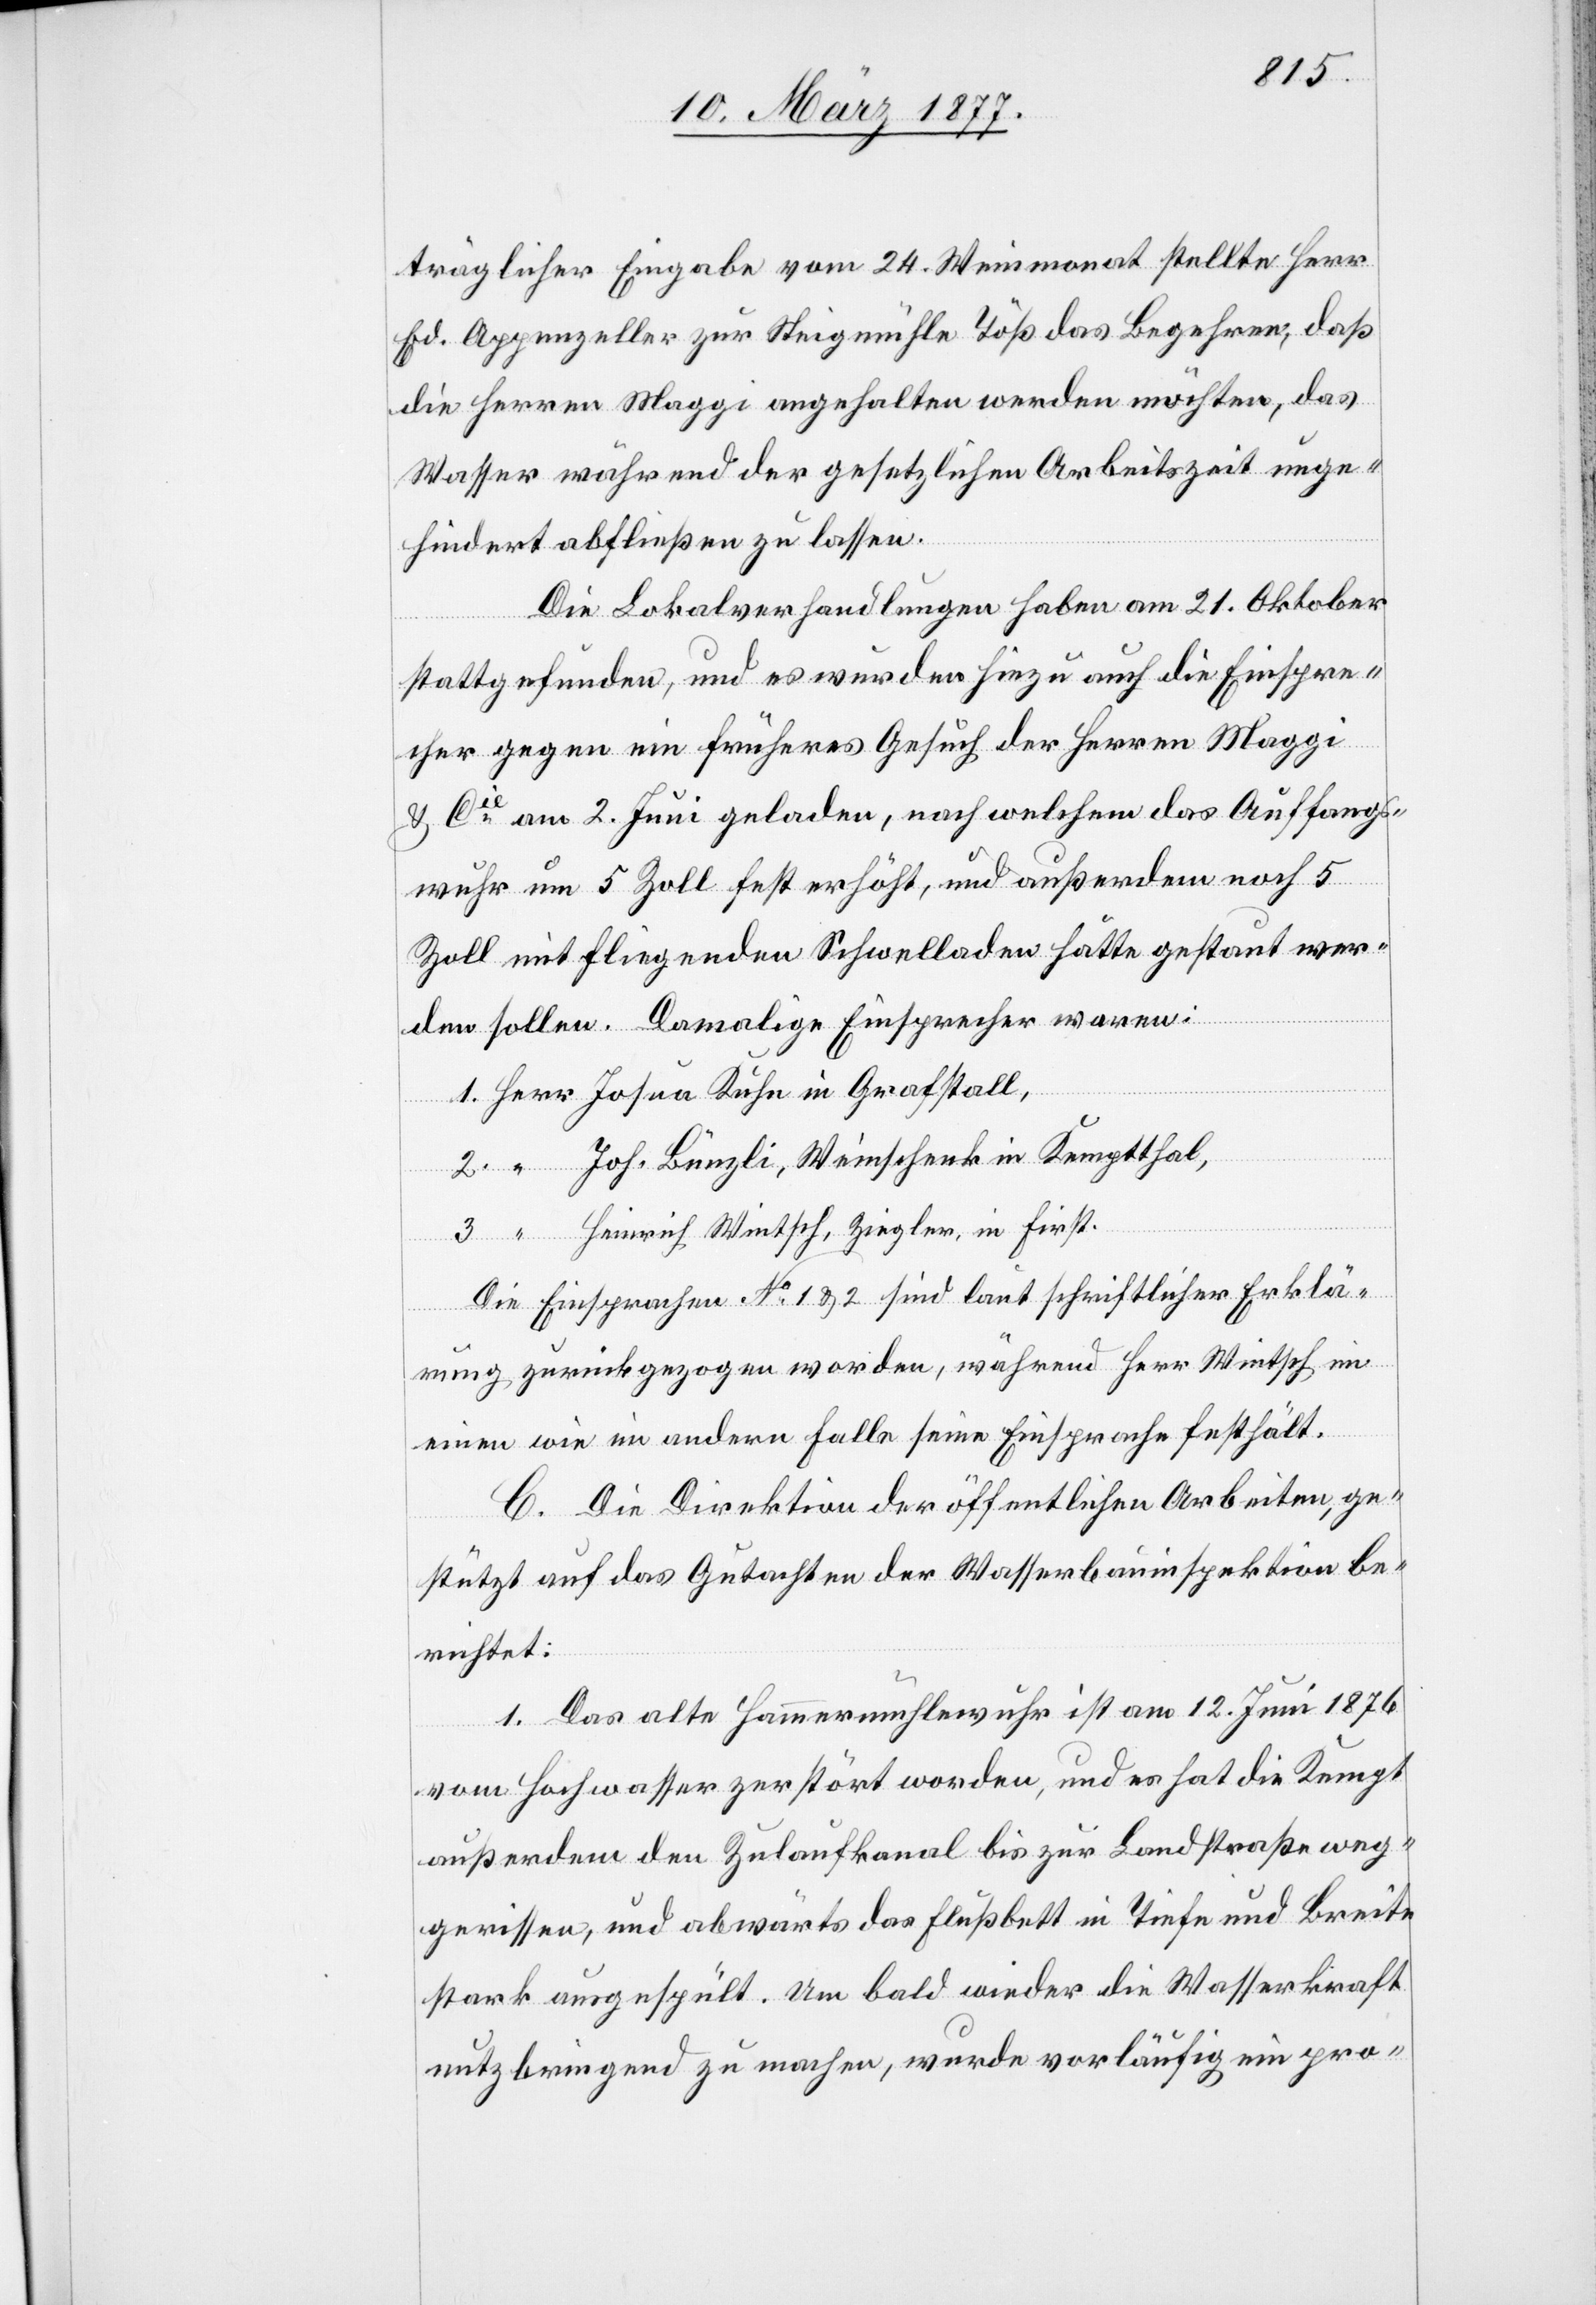
1.
träglicher Eingabe vom 24. Weinmonat stellte Herr
Ed. Appenzeller zur Steigmühle Töß das Begehren, daß
die Herren Maggi angehalten werden möchten, das
Wasser während der gesetzlichen Arbeitszeit unge¬
hindert abfließen zu lassen.
Die Lokalverhandlungen haben am 21. Oktober
stattgefunden, und es wurden hiezu auch die Einspre¬
cher gegen ein früheres Gesuch der Herren Maggi
& Cie am 2. Juni geladen, nach welchem das Auffangs¬
wuhr um 5 Zoll fest erhöht, und außerdem noch 5
Zoll mit fliegenden Schwelladen hätte gestaut wer¬
den sollen. Damalige Einsprecher waren:
Joh. Bünzli, Weinschenk in Kemptthal,
Heinrich Wintsch, Ziegler, in First.
Die Einsprachen No 1 & 2 sind laut schriftlicher Erklä¬
“
rung zurückgezogen worden, während Herr Wintsch im
einen wie im andern Falle seine Einsprache festhält.
C. Die Direktion der öffentlichen Arbeiten, ge¬
stützt auf das Gutachten der Wasserbauinspektion be¬
richtet:
1. Das alte Hammermühlewuhr ist am 12. Juni 1876
vom Hochwasser zerstört worden, und es hat die Kempt
außerdem den Zulaufkanal bis zur Landstraße weg¬
gerissen, und abwärts das Flußbett in Tiefe und Breite
stark ausgespült. Um bald wieder die Wasserkraft
nutzbringend zu machen, wurde vorläufig ein pro-